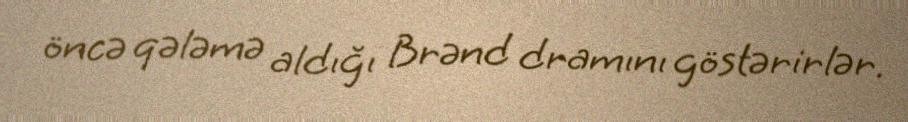
öncə qələmə aldığı Brənd dramını göstərirlər.